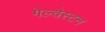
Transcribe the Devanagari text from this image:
गेल्‍वेस्‍टन